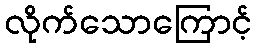
လိုက်သောကြောင့်